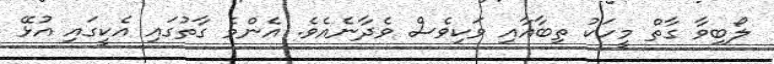
ލޯބިވާ ގާތް މީހަކު ތިބާއާއި ވަކިވެސް ވެދާނެއެވެ. އެންމެ ގާތުގައި އެކީގައި އުޅޭ